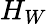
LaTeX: H_{W}